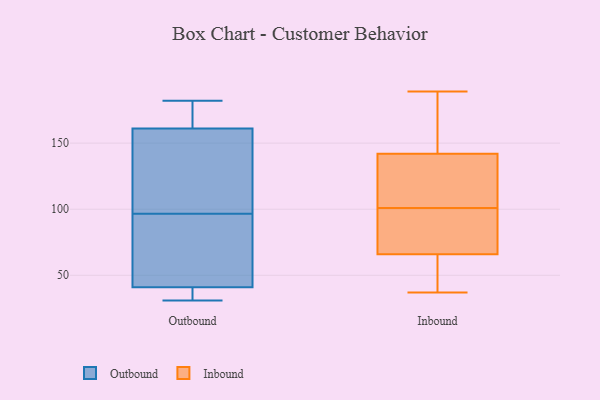
{"axis": {"x": "Headcount", "y": "Value"}, "legend": ["Inbound", "Outbound"], "data": [{"x": "", "y": 38, "type": "Outbound"}, {"x": "", "y": 181, "type": "Outbound"}, {"x": "", "y": 182, "type": "Outbound"}, {"x": "", "y": 161, "type": "Outbound"}, {"x": "", "y": 41, "type": "Outbound"}, {"x": "", "y": 48, "type": "Outbound"}, {"x": "", "y": 151, "type": "Outbound"}, {"x": "", "y": 138, "type": "Outbound"}, {"x": "", "y": 55, "type": "Outbound"}, {"x": "", "y": 31, "type": "Outbound"}, {"x": "", "y": 189, "type": "Inbound"}, {"x": "", "y": 111, "type": "Inbound"}, {"x": "", "y": 37, "type": "Inbound"}, {"x": "", "y": 77, "type": "Inbound"}, {"x": "", "y": 126, "type": "Inbound"}, {"x": "", "y": 87, "type": "Inbound"}, {"x": "", "y": 150, "type": "Inbound"}, {"x": "", "y": 46, "type": "Inbound"}, {"x": "", "y": 182, "type": "Inbound"}, {"x": "", "y": 140, "type": "Inbound"}, {"x": "", "y": 91, "type": "Inbound"}, {"x": "", "y": 142, "type": "Inbound"}, {"x": "", "y": 151, "type": "Inbound"}, {"x": "", "y": 59, "type": "Inbound"}, {"x": "", "y": 76, "type": "Inbound"}, {"x": "", "y": 66, "type": "Inbound"}, {"x": "", "y": 43, "type": "Inbound"}, {"x": "", "y": 118, "type": "Inbound"}]}